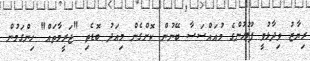
ރިޔާޒު ވިދާޅުވީ ފުލުހުންގެ މުއައްސަސާ ބޭނުން ކޮށްގެން މިއަދު ބޮޑެތި "ޖަރީމާތައް" ހިންގަމުން